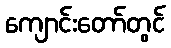
ကျောင်းတော်တွင်